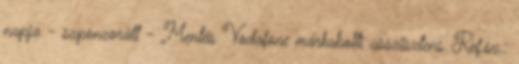
napja - szponzorált - Mentés Vodafone márkabolti asszisztens Ref.sz.: